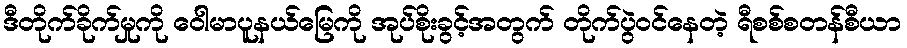
ဒီတိုက်ခိုက်မှုကို ဝေါမာပူနယ်မြေကို အုပ်စိုးခွင့်အတွက် တိုက်ပွဲဝင်နေတဲ့ ရီစစ်စတန်စီယာ